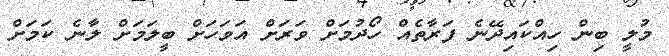
މުލީ ބިން ހިއްކައިދޭނެ ފަރާތެއް ހޯދުމަށް ވަރަށް އަވަހަށް ބީލަމަށް ލާނެ ކަމަށް